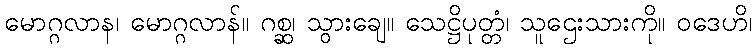
မောဂ္ဂလာန၊ မောဂ္ဂလာန်။ ဂစ္ဆ၊ သွားချေ။ သေဋ္ဌိပုတ္တံ၊ သူဌေးသားကို။ ဝဒေဟိ၊